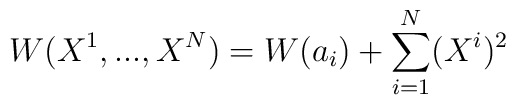
W(X^{1},...,X^{N})=W(a_i)+\sum_{i=1}^{N}(X^{i})^{2}